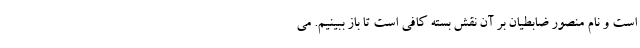
است و نام منصور ضابطیان بر آن نقش بسته کافی است تا باز ببینیم. می